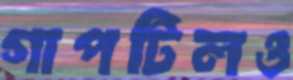
গাপটিলও